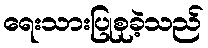
ရေးသားပြုစုခဲ့သည်